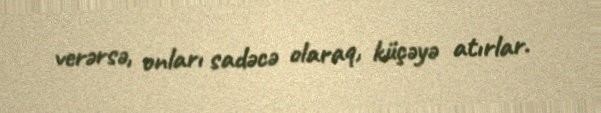
verərsə, onları sadəcə olaraq, küçəyə atırlar.